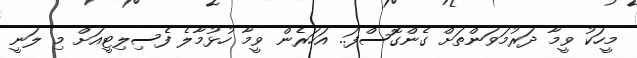
މީހަކު ވީމާ ދަރުމަވަންތަށް ގެންގޮސްފަ.. އަހަރެން ވީމާ ހުޅުމާލެ ފެސިލިޓީއަށް މި ލަނީ